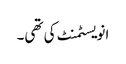
انویسٹمنٹ کی تھی۔